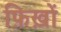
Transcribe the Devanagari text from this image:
फ़िख़ों